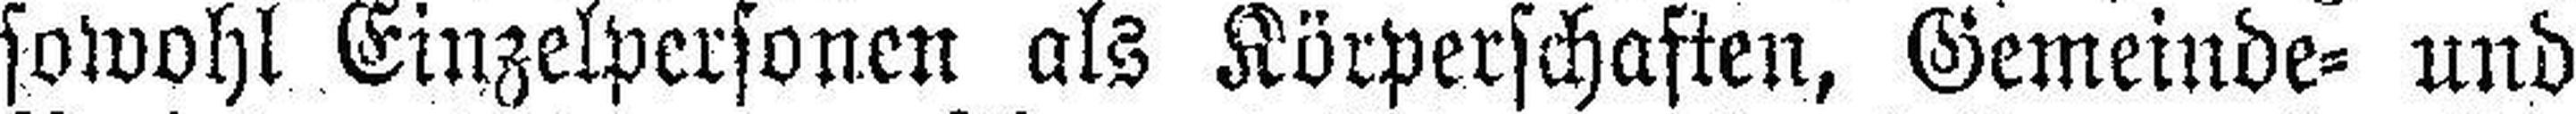
sowohl Einzelpersonen als Körperschaften, Gemeinde= und